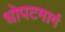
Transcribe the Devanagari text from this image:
धोपटमार्ग